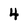
Character: 4